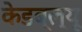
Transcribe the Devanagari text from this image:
केडब्ल्यू